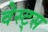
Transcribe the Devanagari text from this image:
वेस्ट्स